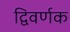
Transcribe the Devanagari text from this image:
द्विवर्णक